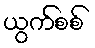
ယွက်စစ်